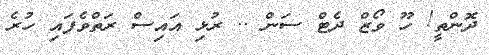
ދޮންތީ! ހޫ ވޯޒް ދެޓް ސަން .. ރުޅި އައިސް ރަތްވެފައި ހުރެ